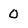
Character: 0